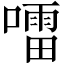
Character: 𡀂